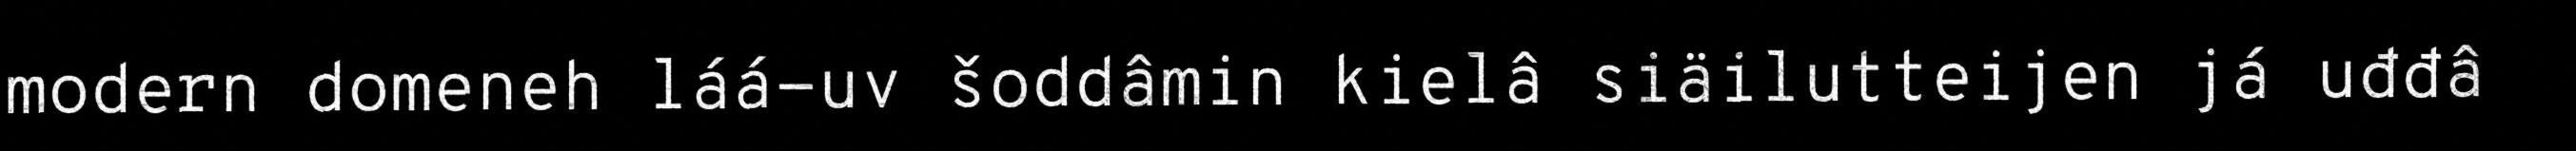
modern domeneh láá-uv šoddâmin kielâ siäilutteijen já uđđâ